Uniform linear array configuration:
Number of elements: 12
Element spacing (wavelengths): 0.25
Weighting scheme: hamming
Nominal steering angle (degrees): -15
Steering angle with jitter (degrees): -15.175
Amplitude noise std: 0.05
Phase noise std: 0.05

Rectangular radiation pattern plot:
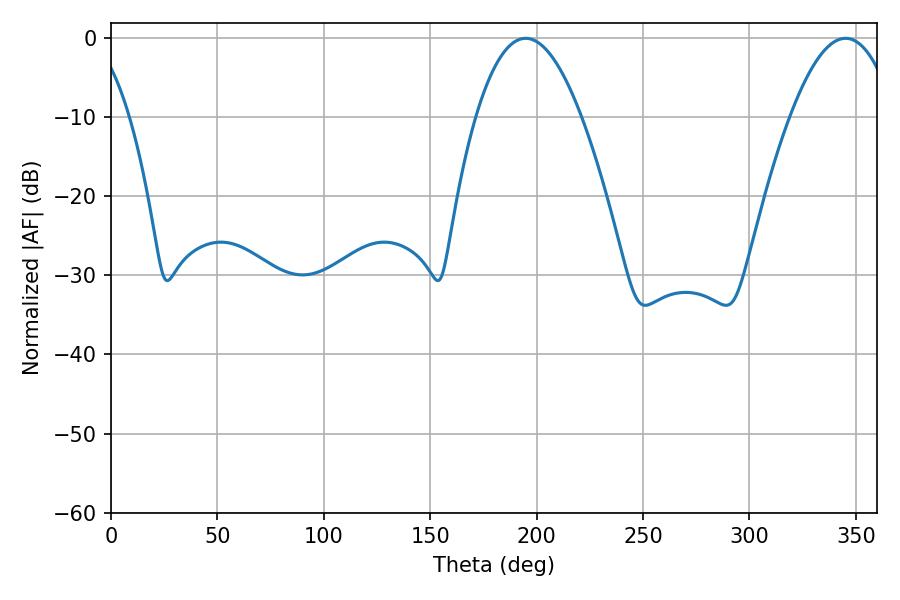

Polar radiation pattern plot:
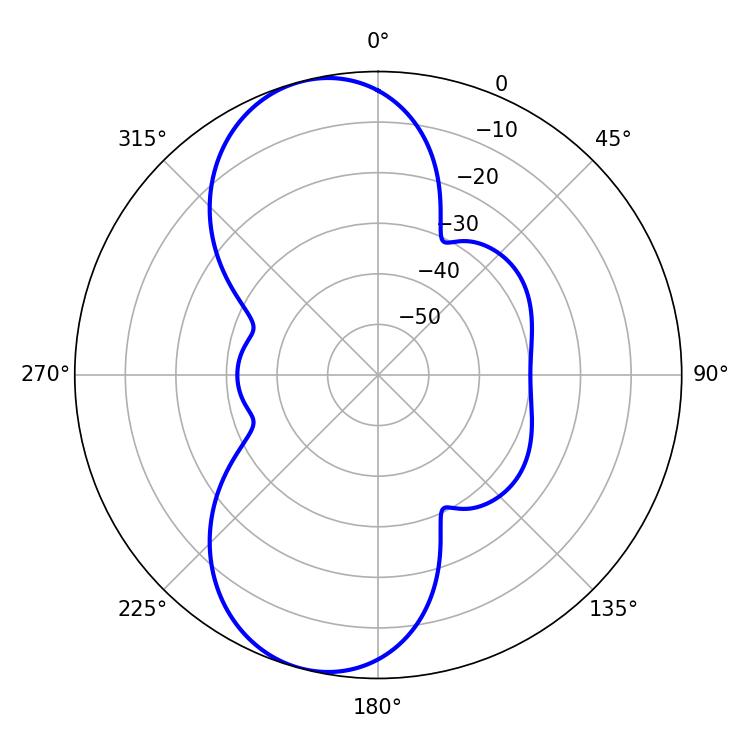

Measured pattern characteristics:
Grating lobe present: FALSE
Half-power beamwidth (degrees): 27.18
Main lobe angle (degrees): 194.76